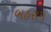
બહરામ